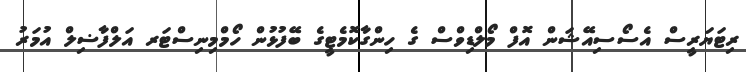
ރިޓަޔަރީސް އެސޯސިއޭޝަން އޮފް މޯލްޑިވްސް ގެ ހިންގާކޮމެޓީގެ ބޭފުޅުން ހޯމްމިނިސްޓަރ އަލްފާޟިލް އުމަރު